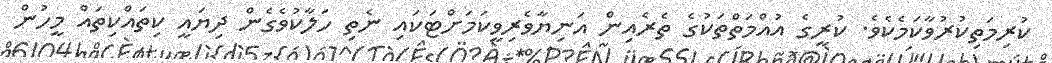
ކުރިމަތިކުރުވާކަމެކެވެ. ކުރީގެ އުއްމަތްތަކުގެ ތެރެއިން އަނިޔާވެރިވީކަމަށްޓަކައި ނެތި ހަލާކުވެގެން ދިޔައީ ކިތައްކިތައް މީހުން